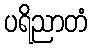
ပရိညာတံ